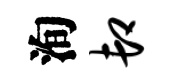
洵卸